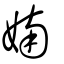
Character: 婻